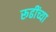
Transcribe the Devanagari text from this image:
रूढींच्या